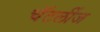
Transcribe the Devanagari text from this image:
चॅटर्लीज